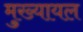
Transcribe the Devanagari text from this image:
मुख्‍यायल